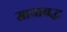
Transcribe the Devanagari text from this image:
मायाबद्ध